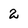
Character: 2